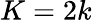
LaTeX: K=2k